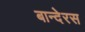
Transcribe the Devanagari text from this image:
बान्देरस